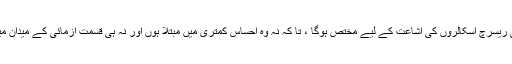
چنانچہ ’’تحقیق‘‘ایسے ہی ریسرچ اسکالروں کی اشاعت کے لیے مختص ہوگا ، تا کہ نہ وہ احساس کمتری میں مبتلا ہوں اور نہ ہی قسمت آزمائی کے میدان میں ان کا قد بونا نظر آئے۔